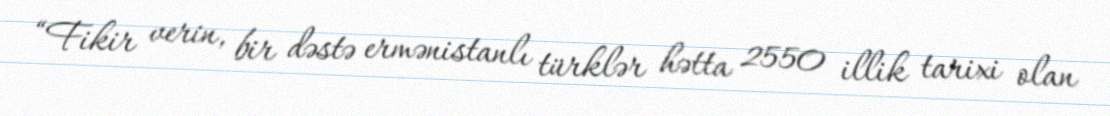
“Fikir verin, bir dəstə ermənistanlı türklər hətta 2550 illik tarixi olan